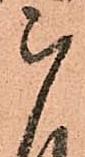
被